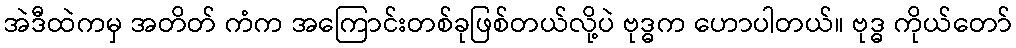
အဲဒီထဲကမှ အတိတ် ကံက အကြောင်းတစ်ခုဖြစ်တယ်လို့ပဲ ဗုဒ္ဓက ဟောပါတယ်။ ဗုဒ္ဓ ကိုယ်တော်